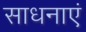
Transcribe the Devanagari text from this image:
साधनाएं